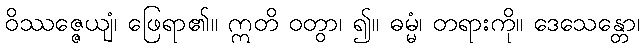
ဝိဿဇ္ဇေယျံ၊ ဖြေရာ၏။ ဣတိ ဝတွာ၊ ၍။ ဓမ္မံ၊ တရားကို။ ဒေသေန္တော၊